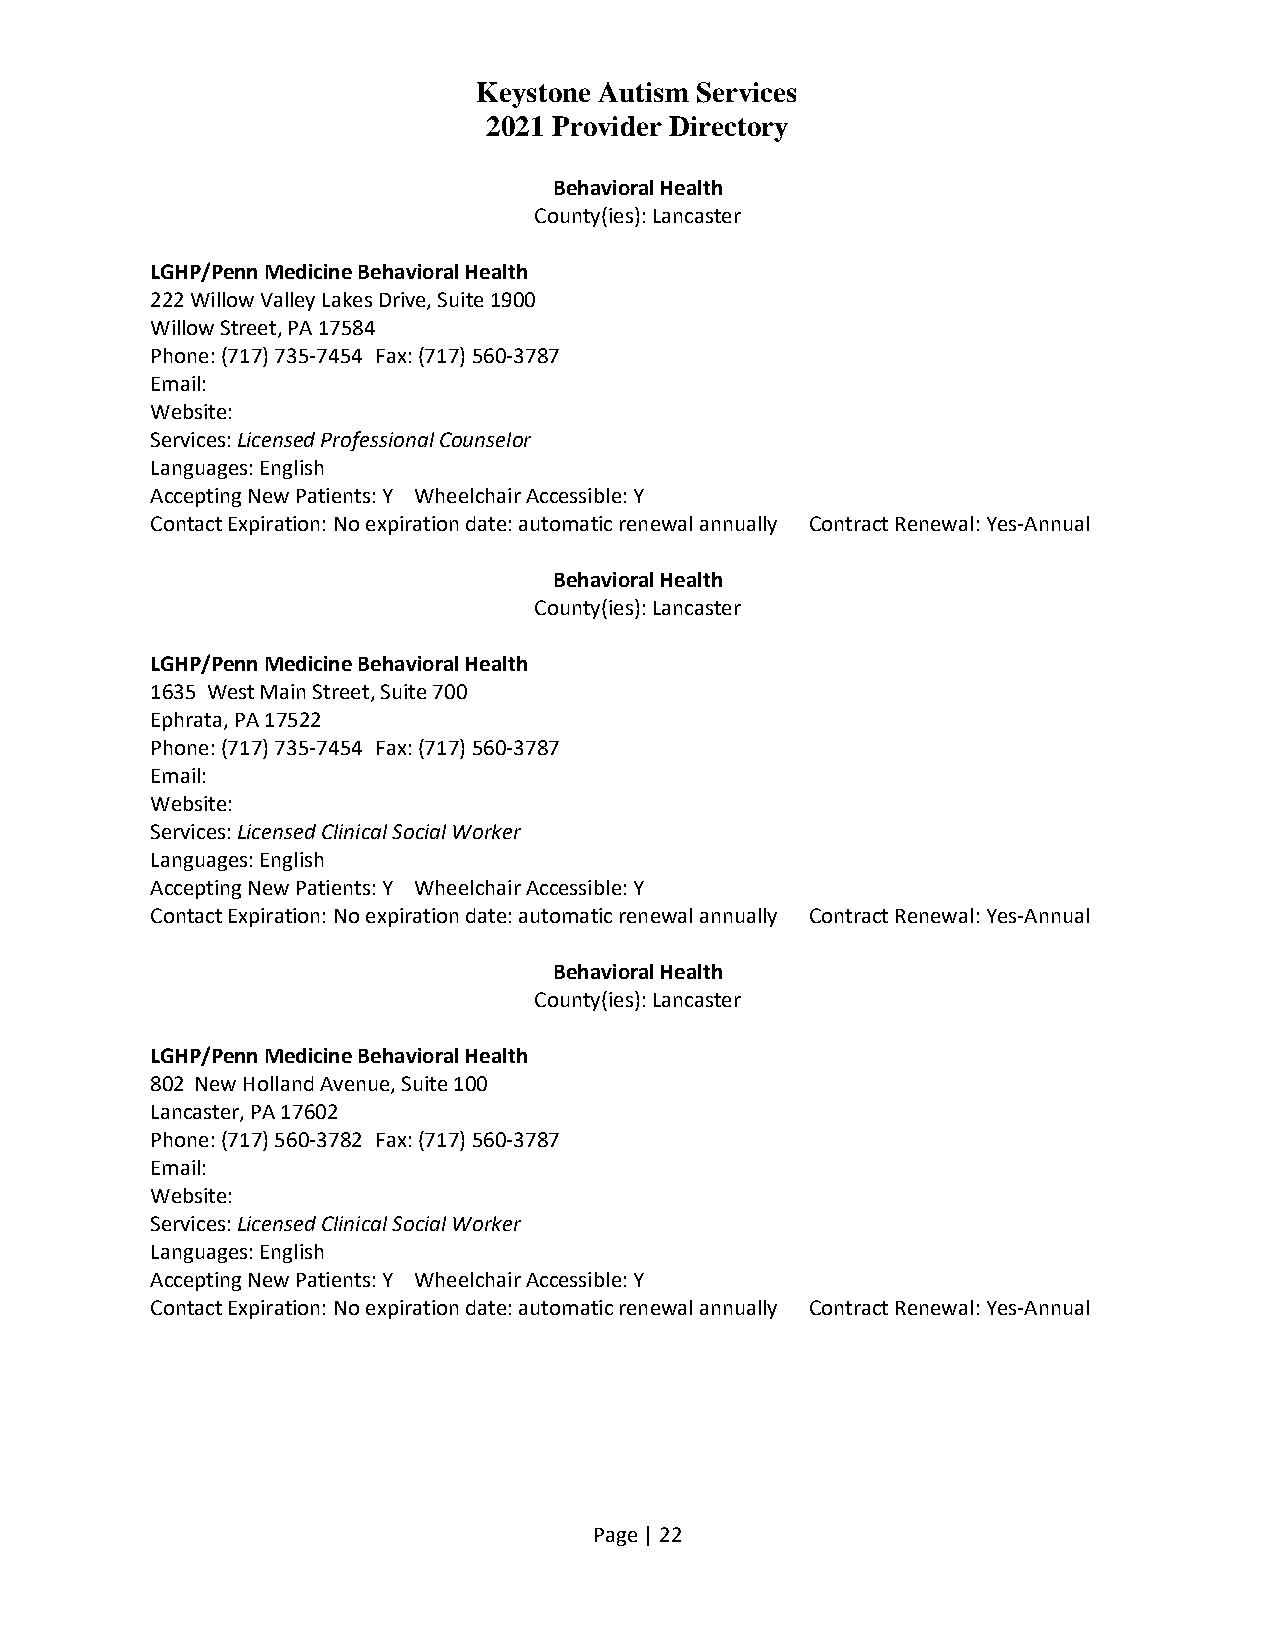
Keystone Autism Services
 2021 Provider Directory
 Behavioral Health
 County(ies): Lancaster
 LGHP/Penn Medicine Behavioral Health
 222 Willow Valley Lakes Drive, Suite 1900
 Willow Street, PA 17584
 Phone: (717) 735-7454 Fax: (717) 560-3787
 Email:
 Website:
 Services: Licensed Professional Counselor
 Languages: English
 Accepting New Patients: Y Wheelchair Accessible: Y
 Contact Expiration: No expiration date: automatic renewal annually Contract Renewal: Yes-Annual
 Behavioral Health
 County(ies): Lancaster
 LGHP/Penn Medicine Behavioral Health
 1635 West Main Street, Suite 700
 Ephrata, PA 17522
 Phone: (717) 735-7454 Fax: (717) 560-3787
 Email:
 Website:
 Services: Licensed Clinical Social Worker
 Languages: English
 Accepting New Patients: Y Wheelchair Accessible: Y
 Contact Expiration: No expiration date: automatic renewal annually Contract Renewal: Yes-Annual
 Behavioral Health
 County(ies): Lancaster
 LGHP/Penn Medicine Behavioral Health
 802 New Holland Avenue, Suite 100
 Lancaster, PA 17602
 Phone: (717) 560-3782 Fax: (717) 560-3787
 Email:
 Website:
 Services: Licensed Clinical Social Worker
 Languages: English
 Accepting New Patients: Y Wheelchair Accessible: Y
 Contact Expiration: No expiration date: automatic renewal annually Contract Renewal: Yes-Annual
 Page | 22